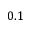
0 . 1